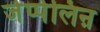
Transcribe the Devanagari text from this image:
जेप्पेलिऩ